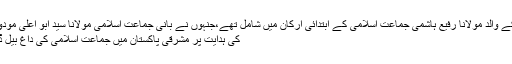
ان کے والد مولانا رفیع ہاشمی جماعت اسلامی کے ابتدائی ارکان میں شامل تھے،جنہوں نے بانی جماعت اسلامی مولانا سید ابو اعلیٰ مودودیؒ
کی ہدایت پر مشرقی پاکستان میں جماعت اسلامی کی داغ بیل ڈالی۔